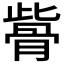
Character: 𩨱